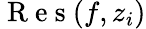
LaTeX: \mathrm{~R~e~s~}(f,z_{i})